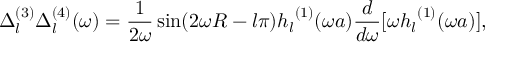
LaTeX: \Delta _ { l } ^ { ( 3 ) } \Delta _ { l } ^ { ( 4 ) } ( \omega ) = \frac { 1 } { 2 \omega } \sin ( 2 \omega R - l \pi ) { h _ { l } } ^ { ( 1 ) } ( \omega a ) { \frac { d } { d \omega } } [ \omega { h _ { l } } ^ { ( 1 ) } ( \omega a ) ] ,